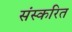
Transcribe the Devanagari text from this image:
संस्करित